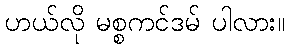
ဟယ်လို မစ္စကင်ဒမ် ပါလား။